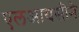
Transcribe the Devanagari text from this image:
एलआयसीने